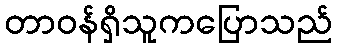
တာဝန်ရှိသူကပြောသည်